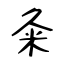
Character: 粂